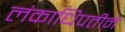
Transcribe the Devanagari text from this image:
लंकाधिपतीने